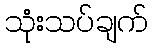
သုံးသပ်ချက်